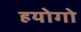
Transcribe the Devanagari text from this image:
हयोगो